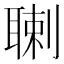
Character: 䏀